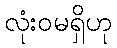
လုံးဝမရှိဟု